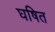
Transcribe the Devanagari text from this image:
घषित